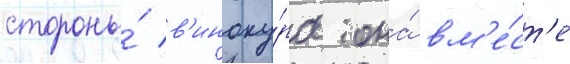
стороны́ в'иноку́ра она́ вм'е́ст'е